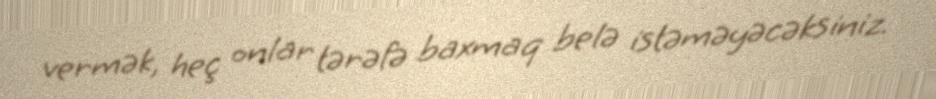
vermək, heç onlar tərəfə baxmaq belə istəməyəcəksiniz.